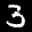
Label: 3